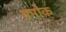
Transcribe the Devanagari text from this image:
एमोक